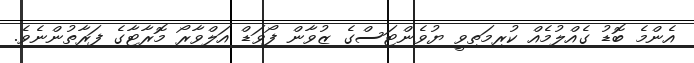
އެންމެ ބޮޑު ގެއްލުމެއް ކުރިމަތިވީ ޔުވެންޓަސްގެ ޒުވާން ފޯވަޑް އަލްވާރޯ މޮރާޓާގެ ފަރާތުންނެވެ.